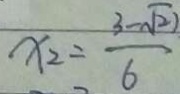
x _ { 2 } = \frac { 3 - \sqrt { 2 7 } } { 6 }